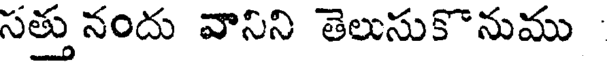
సత్తు నందు వానిని తెలుసుకొనుము